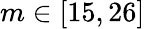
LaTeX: m\in[15,26]